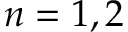
n = 1 , 2